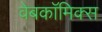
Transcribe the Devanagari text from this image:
वेबकाॅमिक्स